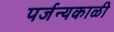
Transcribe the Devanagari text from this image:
पर्जन्यकाळी